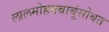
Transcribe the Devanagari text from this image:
लालमोहनबाबूंसोबत